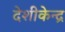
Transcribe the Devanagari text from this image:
देशीकेन्द्र